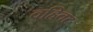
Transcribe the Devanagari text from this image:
वहिवट